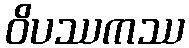
ဝိပဿကဿ